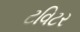
ટવિટર